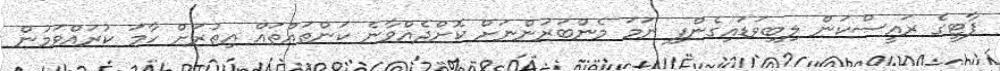
ޕާޓީގެ ރައީސްކަން ލިބިވަޑައިގެންފި ނަމަ މެންބަރުންނަށް ކޮށްދެއްވާނެ ކަންތައްތައް އިތުރަށް ހާމަ ކުރައްވަމުން